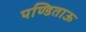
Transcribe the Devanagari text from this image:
पण्डिताऊ